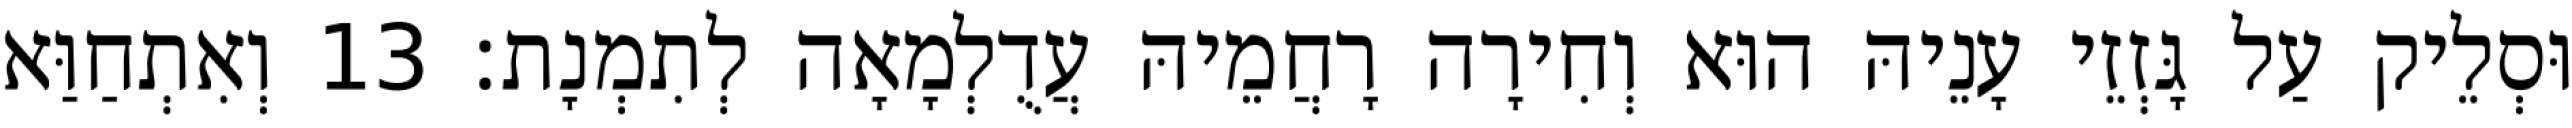
וּסְלֵיק עַל גָּזְזֵי עָנֵיהּ הוּא וְחִירָה רָחֲמֵיהּ עֲדֻלְמָאָה לְתִמְנָת׃ 13 וְאִתְחַוַּא